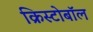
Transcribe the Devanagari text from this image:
क्रिस्टोबॉल